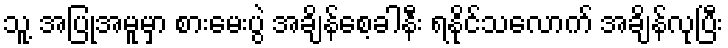
သူ့ အပြုအမူမှာ စားမေးပွဲ အချိန်စေ့ခါနီး ရနိုင်သလောက် အချိန်လုပြီး